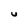
Character: U